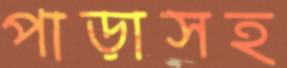
পাড়াসহ